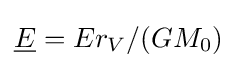
{\underline {E}}=Er_{V}/(GM_{0})